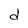
Character: d